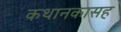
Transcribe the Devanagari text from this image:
कथानकासह